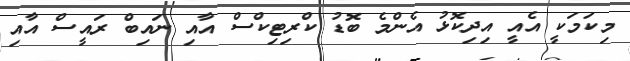
މިކަމަކީ އެއީ އިދިކޮޅު އެންމެ ބޮޑު ކްރިޓިކްސް އާއި ނައިބް ރައީސް އާއި